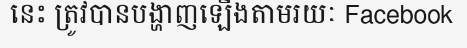
នេះ ត្រូវបានបង្ហាញឡើងតាមរយៈ Facebook